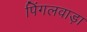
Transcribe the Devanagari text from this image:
पिंगलवाड़ा